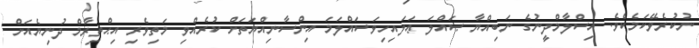
ނުކުރެވޭކަމެކެވެ. އިސްލާމްދީނުގެ ނަބިއްޔާ ޞައްލަ ޢަލައިހިވަސައްލަމަ އިންސާނިއްޔަތަށް ކުރެއްވި މަތިވެރި އިޙްތިރާމް ދުނިޔެއަށް